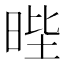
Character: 𭦅